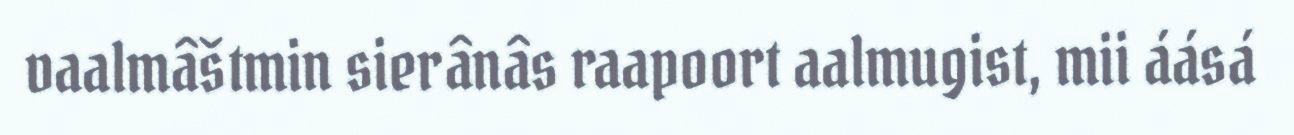
vaalmâštmin sierânâs raapoort aalmugist, mii áásá